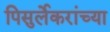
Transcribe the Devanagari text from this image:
पिसुर्लेकरांच्या